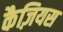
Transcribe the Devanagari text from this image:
कैज़ियस